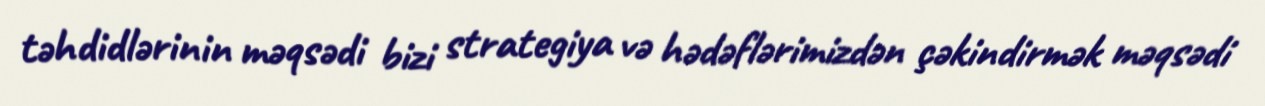
təhdidlərinin məqsədi bizi strategiya və hədəflərimizdən çəkindirmək məqsədi